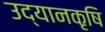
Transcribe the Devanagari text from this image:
उद्यानकृषि